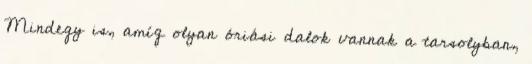
Mindegy is, amíg olyan óriási dalok vannak a tarsolyban,